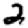
Digit: 2